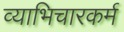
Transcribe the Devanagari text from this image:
व्याभिचारकर्म